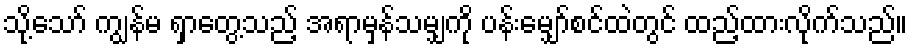
သို့သော် ကျွန်မ ရှာတွေ့သည့် အရာမှန်သမျှကို ပန်းမျှော်စင်ထဲတွင် ထည့်ထားလိုက်သည်။